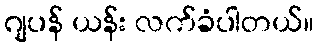
ဂျပန် ယန်း လက်ခံပါတယ်။